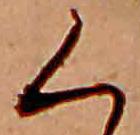
く